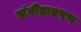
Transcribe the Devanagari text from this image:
संगीतातपण